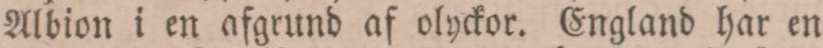
Albion i en afgrund af olyckor. England har en